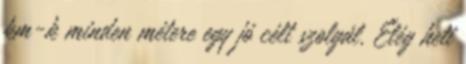
km-k minden métere egy jó célt szolgál. Elég heti